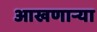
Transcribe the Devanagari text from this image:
आखणार्‍या